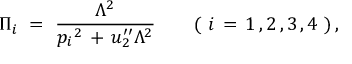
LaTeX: \Pi _ { i } \ = \ \frac { \Lambda ^ { 2 } } { p _ { i } { } ^ { 2 } \, + \, u _ { 2 } ^ { \prime \prime } \Lambda ^ { 2 } } \qquad ( \ i \, = \, 1 \, , 2 \, , 3 \, , 4 \ ) \, ,